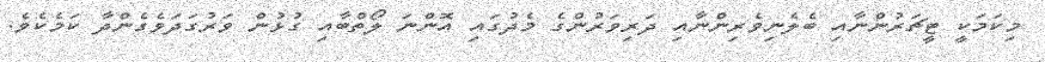
މިކަމަކީ ޓީޗަރުންނާއި ބެލެނިވެރިންނާއި ދަރިވަރުންގެ މެދުގައި އޮންނަ ލޯތްބާއި ގުޅުން ވަރުގަދަވެގެންދާ ކަމެކެވެ.